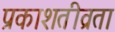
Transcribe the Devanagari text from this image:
प्रकाशतीव्रता